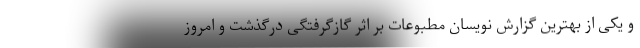
و یکی از بهترین گزارش نویسان مطبوعات بر اثر گازگرفتگی درگذشت و امروز